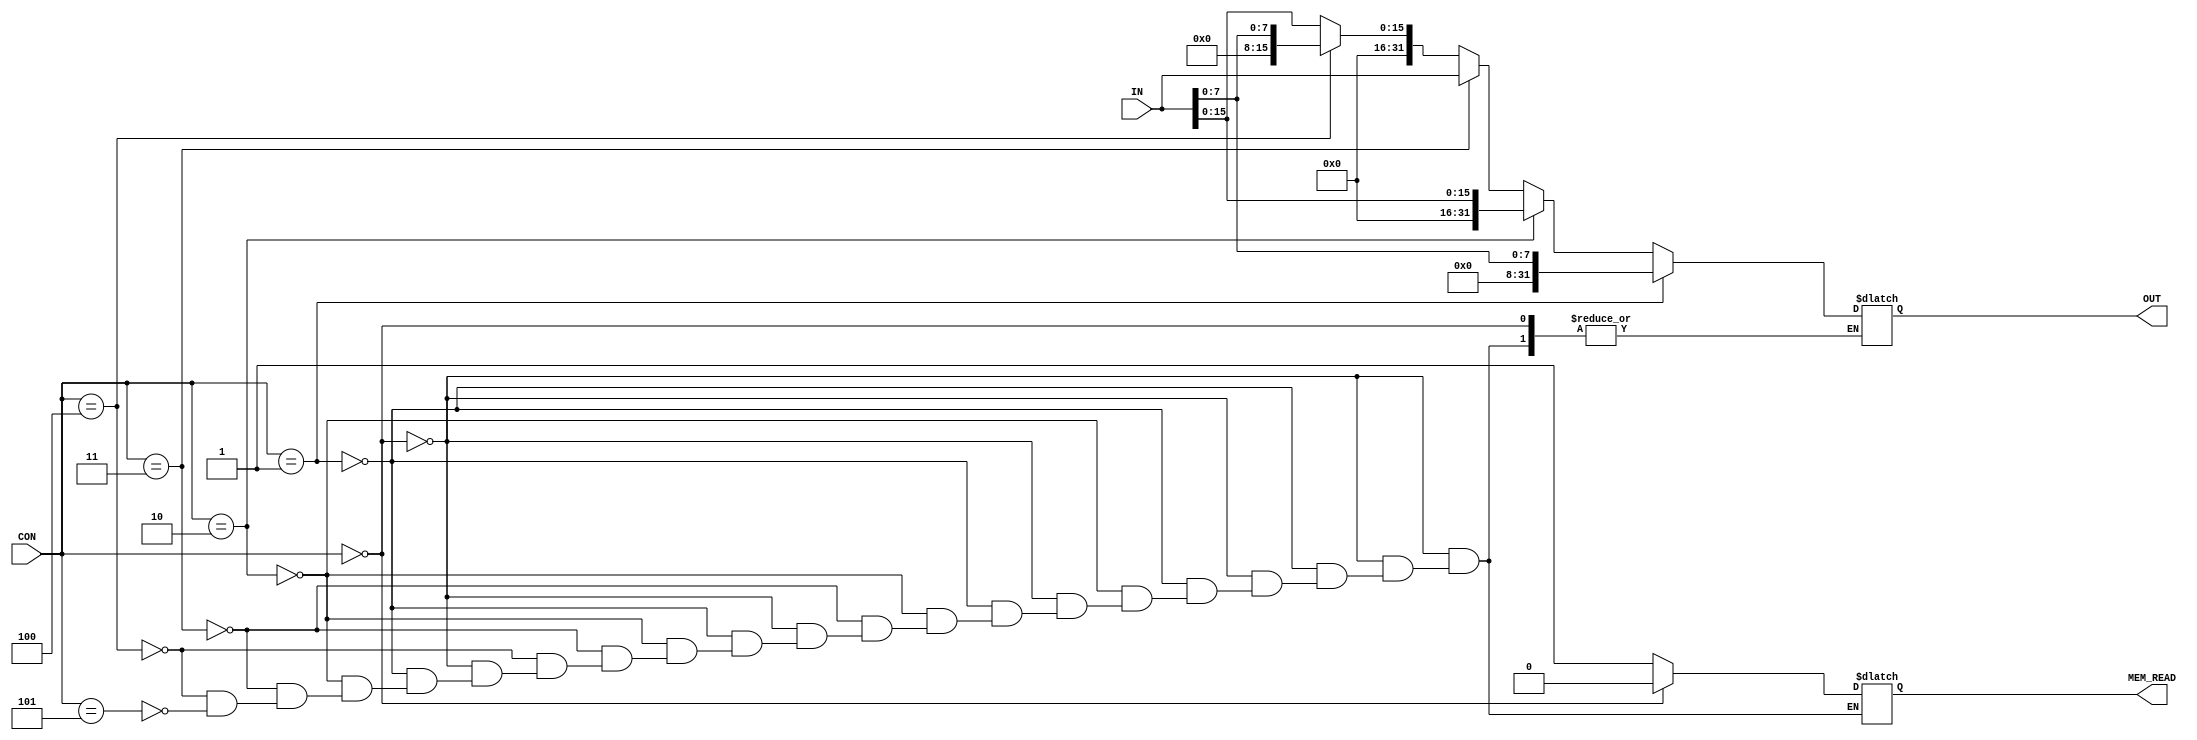
module MEM_READ_con(
   IN,
   OUT,
   CON,
   MEM_READ
   
);

input[31:0] IN;    
input[2:0] CON;
output reg [31:0]	OUT;
output reg MEM_READ;


//controlling the signals
always @(IN,CON)
begin
//controlling memory writing
	if(CON == 0)
	begin
		MEM_READ = 1'b0;
	end
	
	else if(CON ==1)
	begin
		MEM_READ = 1'b1;
		OUT = {24'b00000000_00000000_00000000,IN[7:0]};
	end
	
	
	else if(CON ==2)
	begin
		MEM_READ = 1'b1;
		OUT = {16'b00000000_00000000,IN[15:0]};
	end
	
	else if(CON ==3)
	begin
		MEM_READ = 1'b1;
		OUT = IN[31:0];
	end
	
	else if(CON ==4)
	begin
		MEM_READ = 1'b1;
		OUT = {24'b00000000_00000000_00000000,IN[7:0]};
	end
	
	
	else if(CON ==5)
	begin
		MEM_READ = 1'b1;
		OUT = {16'b00000000_00000000,IN[15:0]};
	end
	
	
end


endmodule